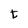
Character: t